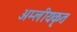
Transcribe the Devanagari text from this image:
अम्लीयकृत